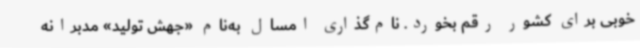
خوبی برای کشور رقم بخورد. نام‌گذاری امسال به‌نام «جهش تولید» مدبرانه